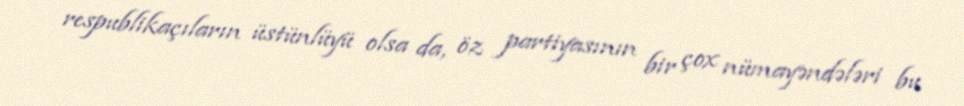
respublikaçıların üstünlüyü olsa da, öz partiyasının bir çox nümayəndələri bu